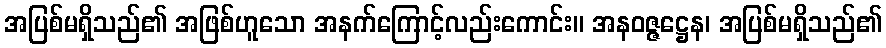
အပြစ်မရှိသည်၏ အဖြစ်ဟူသော အနက်ကြောင့်လည်းကောင်း။ အနဝဇ္ဇဋ္ဌေန၊ အပြစ်မရှိသည်၏